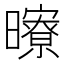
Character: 曢